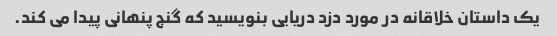
یک داستان خلاقانه در مورد دزد دریایی بنویسید که گنج پنهانی پیدا می کند.